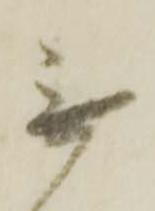
無